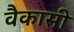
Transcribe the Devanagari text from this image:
वैकासी